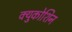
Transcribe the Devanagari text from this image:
क्युकोशिन